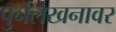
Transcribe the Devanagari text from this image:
पुर्नलेखनावर